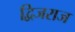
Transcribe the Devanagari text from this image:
द्विजराज